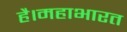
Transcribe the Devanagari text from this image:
है।महाभारत